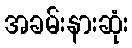
အခမ်းနားဆုံး